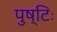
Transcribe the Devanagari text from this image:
पुष्टिः